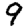
Digit: 9